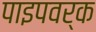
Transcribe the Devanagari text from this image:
पाइपवर्क